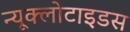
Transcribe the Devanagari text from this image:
न्यूक्लोटाइडस